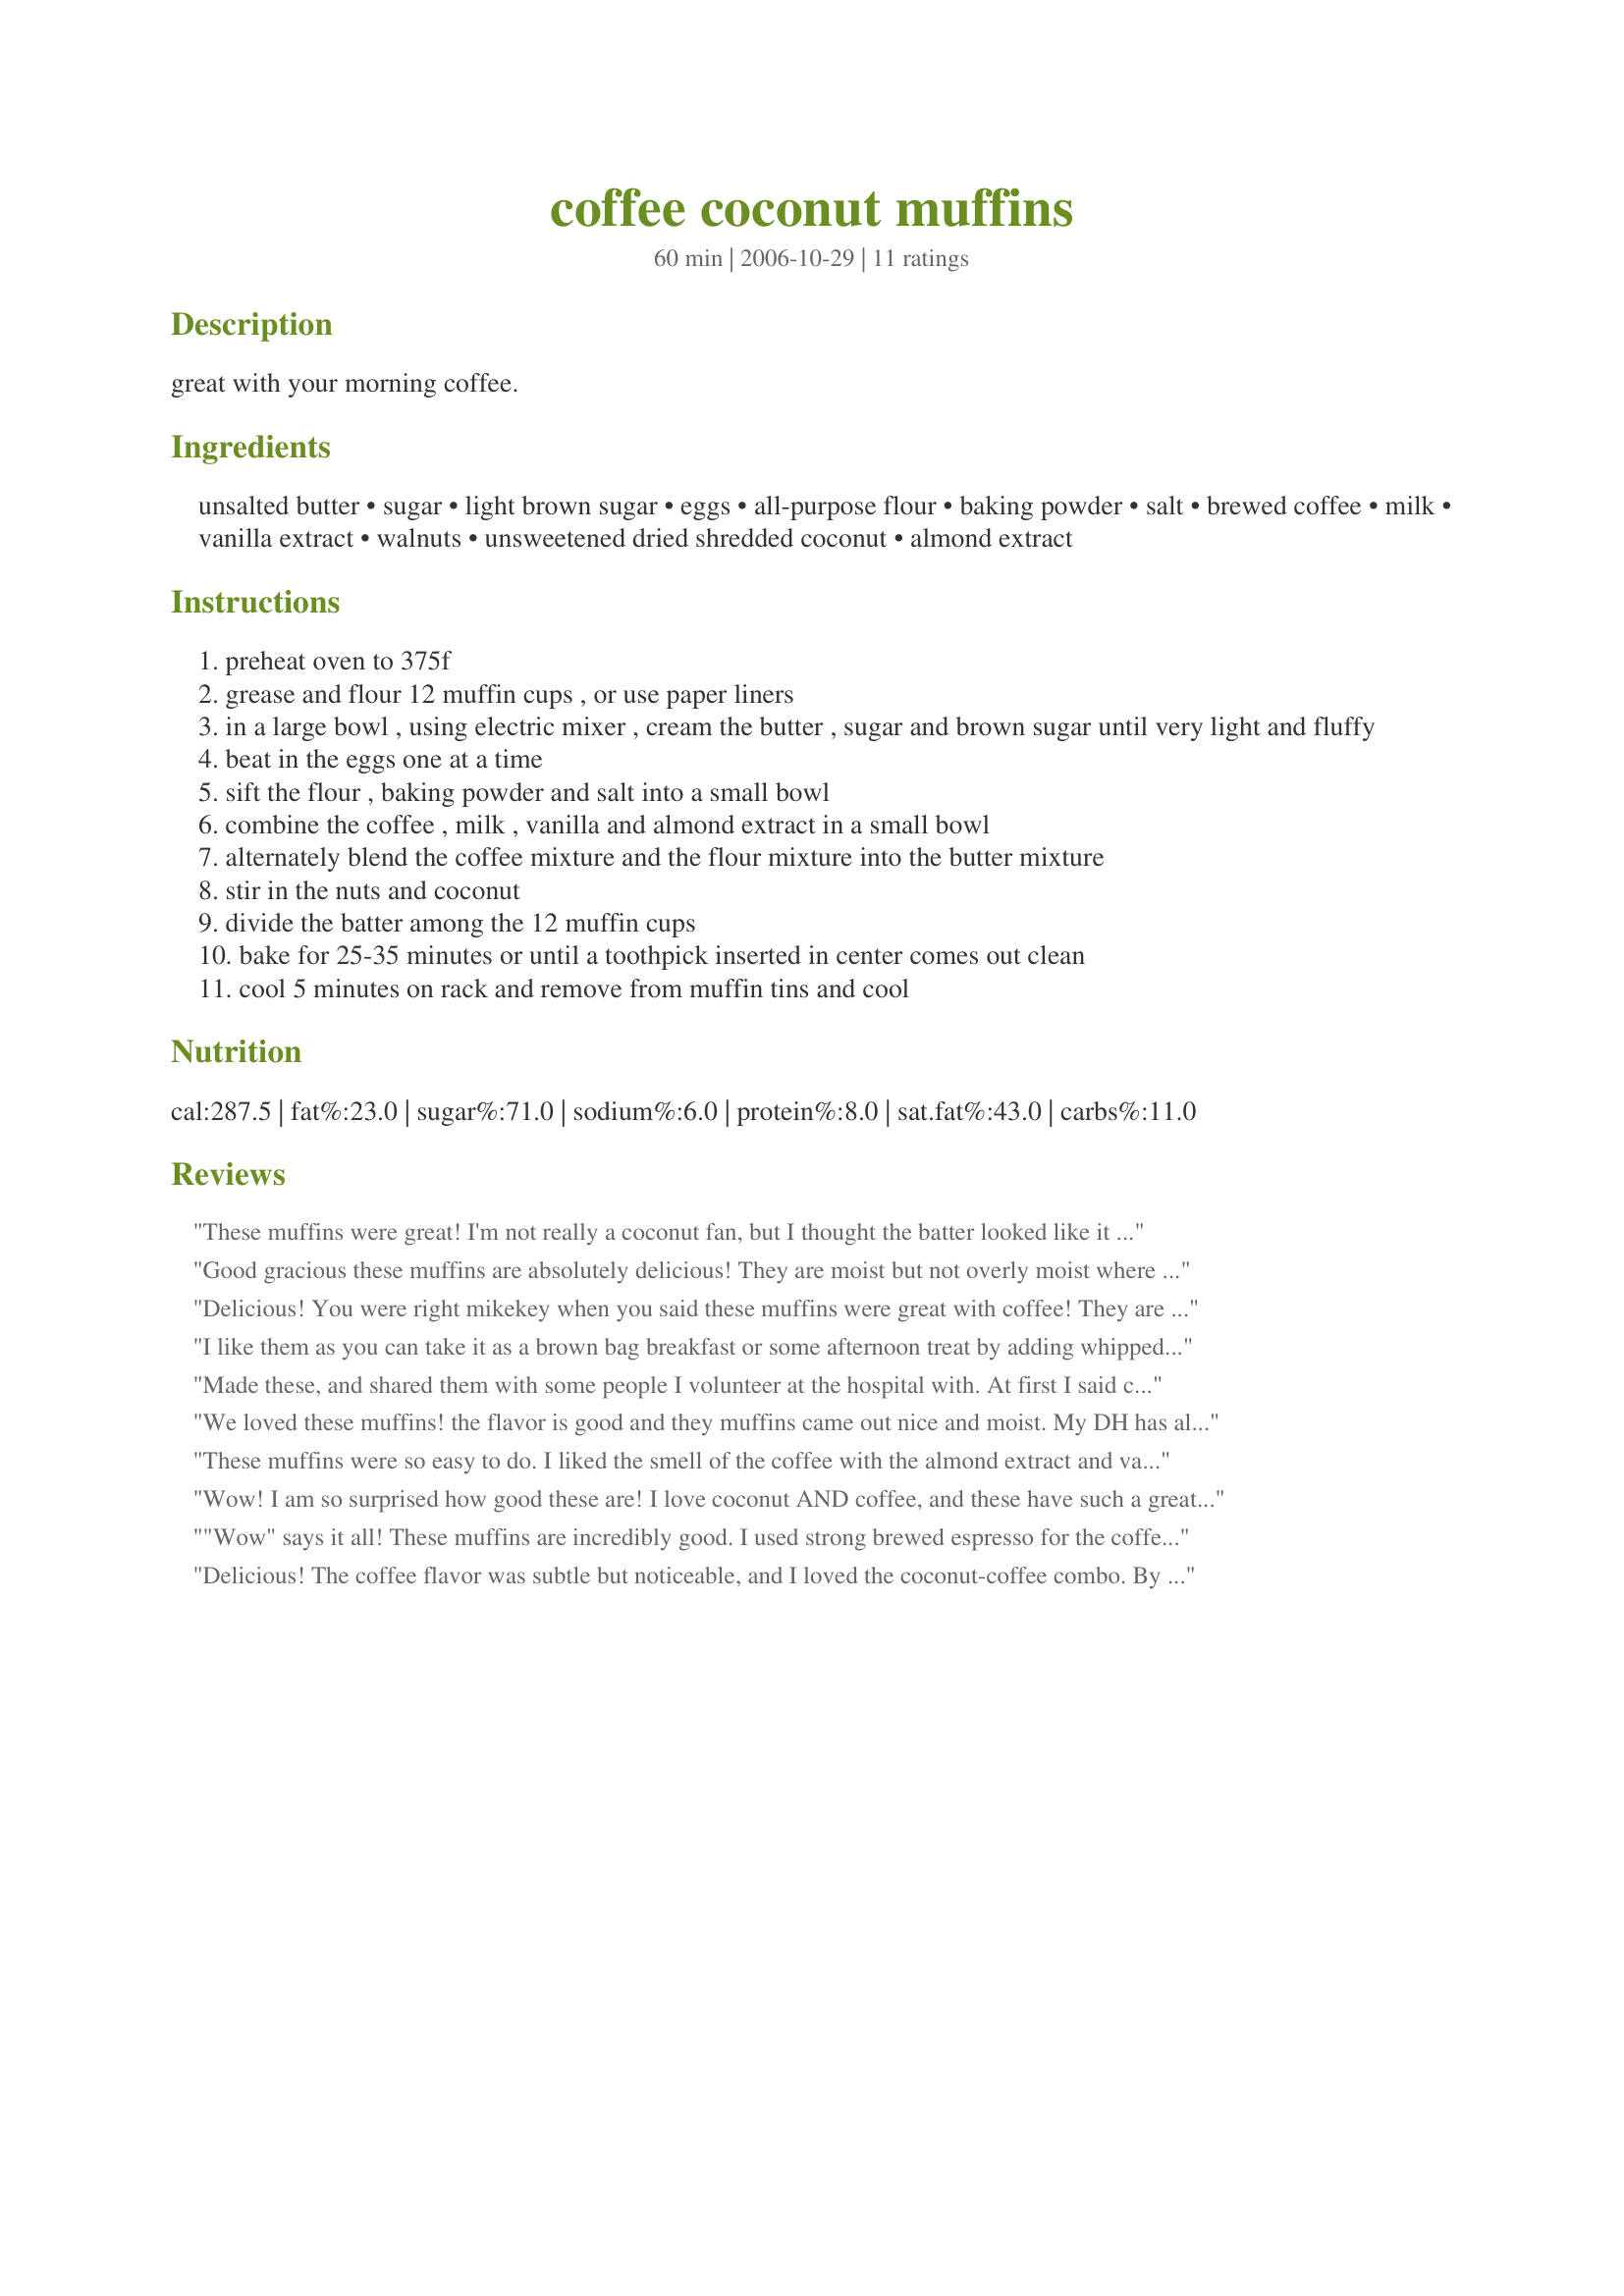
coffee coconut muffins
Preparation time: 60 minutes

great with your morning coffee.

Ingredients:
unsalted butter, sugar, light brown sugar, eggs, all-purpose flour, baking powder, salt, brewed coffee, milk, vanilla extract, walnuts, unsweetened dried shredded coconut, almond extract

Steps:
preheat oven to 375f
grease and flour 12 muffin cups , or use paper liners
in a large bowl , using electric mixer , cream the butter , sugar and brown sugar until very light and fluffy
beat in the eggs one at a time
sift the flour , baking powder and salt into a small bowl
combine the coffee , milk , vanilla and almond extract in a small bowl
alternately blend the coffee mixture and the flour mixture into the butter mixture
stir in the nuts and coconut
divide the batter among the 12 muffin cups
bake for 25-35 minutes or until a toothpick inserted in center comes out clean
cool 5 minutes on rack and remove from muffin tins and cool

Reviews:
These muffins were great! I'm not really a coconut fan, but I thought the batter looked like it would be good enough to stand on it's own, so I made them with no coconut or nuts. They were wonderful! After they came out of the oven, I brushed some water on the tops and pressed them into some sugar for a nice topping. These are so good with a cup of coffee in the morning. I think I will add nuts next time, but they were still so moist and yummy without the nuts! Thanks for posting.
Good gracious these muffins are absolutely delicious! They are moist but not overly moist where they break apart, they have such a distinct flavor, simply wonderful! I actually had to freeze some to keep myself from eating the whole lot of 12! The only change was not to use walnuts but used almonds instead as a personal preference in nuts (well my DH is another nut but that is not in a recipe! lol). Thank you from the bottom of my heart for sharing this recipe! It is absolutely perfect and I'll be making them so often I'll have the recipe memorized - I just know it! Tagged in the Everyday is a Holiday event.
Delicious! You were right mikekey when you said these muffins were great with coffee! They are not too sweet - perfect for breakfast! Thanks for a great muffin recipe!
I like them as you can take it as a brown bag breakfast or some afternoon treat by adding whipped cream to them to serve aside. Thank you!
Made these, and shared them with some people I volunteer at the hospital with. At first I said coffee and coconut ?.. But these combined worked out real well. Very refreshing and the texture was great. I did leave out the salt, and used fat-free milk. Everyone enjoyed these greatly. Made for your win in Football Pool.
We loved these muffins! the flavor is good and they muffins came out nice and moist. My DH has already requested me to make these again for his work. Thanks to Pic A chef I chose this recipe to try.
These muffins were so easy to do. I liked the smell of the coffee with the almond extract and vanilla :P I used only 1/4 cup of sugar and 1/4 cup of brown sugar, not packed. I used vegetable oil instead of butter. No walnuts, cause I didn't have. They turned out so good. They rise a lot. The taste of coffee and coconut together is really good. Perfect combination. Thanks Mikekey :) Made for 123 hit wonders.
Wow! I am so surprised how good these are! I love coconut AND coffee, and these have such a great, distinctive flavor and texture. I would never have thought of putting these great ingredients together -- I love the walnuts, too. I will definitely make these again! It's a winner.
"Wow" says it all! These muffins are incredibly good. I used strong brewed espresso for the coffee and coconut milk instead of the milk. Also I used gluten free cake flour. They were perfectly done in 25 minutes, so moist and flavourful! The friend to whom I brought them for afternoon coffee already requested the recipe :) Thanks for sharing another keeper, Mike!
Delicious! The coffee flavor was subtle but noticeable, and I loved the coconut-coffee combo. By the way, this made more than 12 muffins for me. Thanks for sharing!
These muffins are prob great w/morning coffee as you say, but I can testify they are also great w/Baileys & coffee at nite. I made a half recipe as written, using pecans vs walnuts. I did not have the courage to rely on your yield, feared I was over-filling the muffin cups, ended up under-filling them & got *bump muffins* ! They are nearly cake-like in texture, the coconut flavor shines & the bit of crunch from the dried coconut & nuts is divine. To disguise those darn bumps, I frosted 2 muffins w/your Recipe #260275 & topped them w/coconut flakes. *Yum* ! Thx for sharing this keeper recipe w/us. :-)
